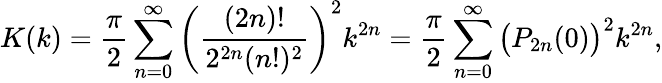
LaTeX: K(k)={\frac{\pi}{2}}\sum_{n=0}^{\infty}\left({\frac{(2n)!}{2^{2n}(n!)^{2}}}\right)^{2}k^{2n}={\frac{\pi}{2}}\sum_{n=0}^{\infty}{\bigl(}P_{2n}(0){\bigr)}^{2}k^{2n},